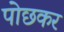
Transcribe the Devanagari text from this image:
पोछकर